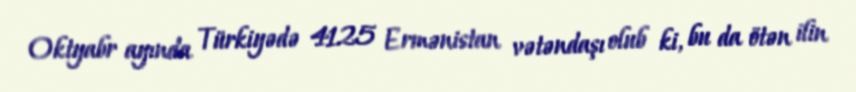
Oktyabr ayında Türkiyədə 4125 Ermənistan vətəndaşı olub ki, bu da ötən ilin